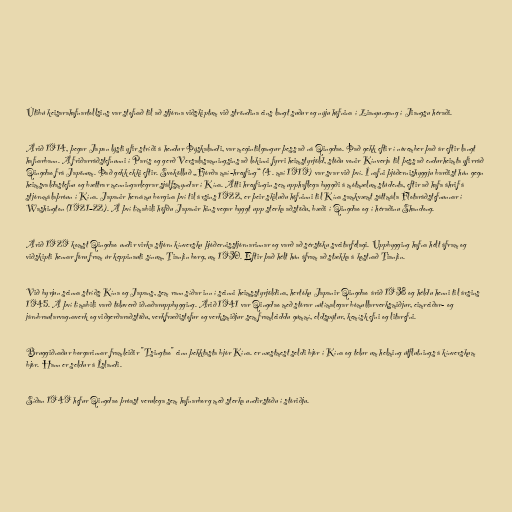
Útibú keisarahafnartollsins var stofnað til að stjórna viðskiptum við ströndina eins langt suður og nýju höfnina í Lianyungang í Jiangsu héraði.

Árið 1914, þegar Japan lýsti yfir stríði á hendur Þýskalandi, var megintilgangur þess að ná Qingdao. Það gekk eftir í nóvember það ár eftir langt
hafnarbann. Á friðarráðstefnunni í París og gerð Versalasamningsins að lokinni fyrri heimstyrjöld, stóðu vonir Kínverja til þess að endurheimta yfirráð
Qingdao frá Japönum. Það gekk ekki eftir. Svokölluð „Fjórða maí-hreyfing“ (4. maí 1919) var svar við því. Í nafni þjóðernishyggju barðist hún gegn
heimsvaldastefnu og bættrar menningarlegrar sjálfsmyndar í Kína. Átti hreyfingin sem upphaflega byggði á mótmælum stúdenta, eftir að hafa áhrif á
stjórnmálaþróun í Kína. Japanir hernámu borgina því til ársins 1922, er þeir skiluðu höfninni til Kína samkvæmt sáttmála Flotaráðstefnunnar í
Washington (1921–22). Á því tímabili höfðu Japanir hins vegar byggt upp sterka aðstöðu, bæði í Qingdao og í héraðinu Shandong.

Árið 1929 komst Qingdao undir virka stjórn kínversku þjóðernisstjórnarinnar og varð að sérstöku sveitarfélagi. Uppbygging hafna hélt áfram og
viðskipti hennar fóru fram úr keppinauti sínum, Tianjin borg, um 1930. Eftir það hélt hún áfram að stækka á kostnað Tianjin.

Við byrjun seinna stríðs Kína og Japans, sem rann síðar inn í seinni heimsstyrjöldina, hertóku Japanir Qingdao árið 1938 og héldu henni til ársins
1945. Á því tímabili varð töluverð iðnaðaruppbygging. Árið 1941 var Qingdao með stórar nútímalegar bómullarverksmiðjur, eimreiðar- og
járnbrautarvagnaverk og viðgerðaraðstöðu, verkfræðistofur og verksmiðjur sem framleiddu gúmmí, eldspýtur, kemísk efni og litarefni.

Bruggiðnaður borgarinnar framleiðir "Tsingtao" einn þekktasta bjór Kína. er næstmest seldi bjór í Kína og telur um helming útflutnings á kínverskum
bjór. Hann er seldur á Íslandi.

Síðan 1949 hefur Qingdao þróast verulega sem hafnarborg með sterka undirstöðu í stóriðju.